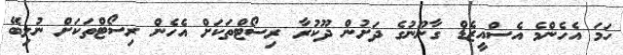
ހަމަ އެހެންމެ އެސްއީޒެޑް ގާނޫނުގެ ދަށުން ދޫކުރާ ރިސޯޓްތަކަށް އެހެން ރިސޯޓްތަކަށް ނުލިބޭ